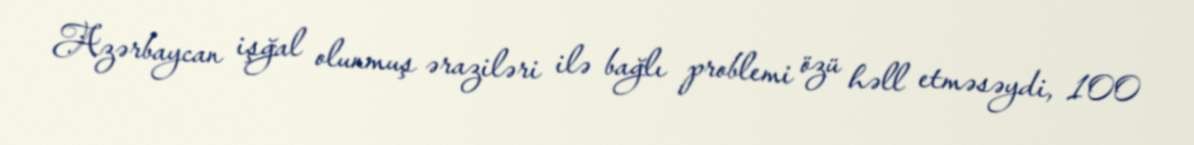
Azərbaycan işğal olunmuş əraziləri ilə bağlı problemi özü həll etməsəydi, 100